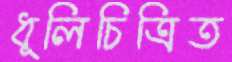
ধূলিচিত্রিত